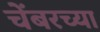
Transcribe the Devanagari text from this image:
चेंबरच्या